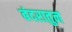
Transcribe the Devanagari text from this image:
बंदरातुन